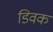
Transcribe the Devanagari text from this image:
डिवक